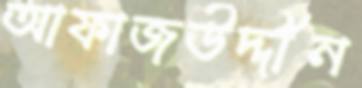
আফাজউদ্দীন